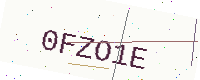
Text: 0FZO1E